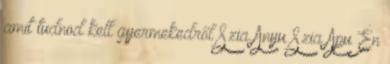
amit tudnod kell gyermekedről Szia Anyu Szia Apu Én